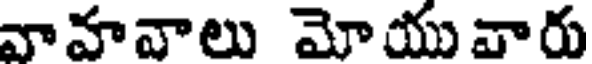
వాహవాలు మోయువారు